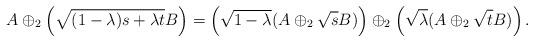
LaTeX: \begin{align*}A\oplus_2\left(\sqrt{(1-\lambda) s+\lambda t}B\right)=\left(\sqrt{1-\lambda}(A\oplus_2\sqrt{s}B)\right)\oplus_2\left(\sqrt{\lambda}(A\oplus_2\sqrt{t}B)\right).\end{align*}